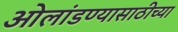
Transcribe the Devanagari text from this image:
ओलांडण्यासाठीच्या